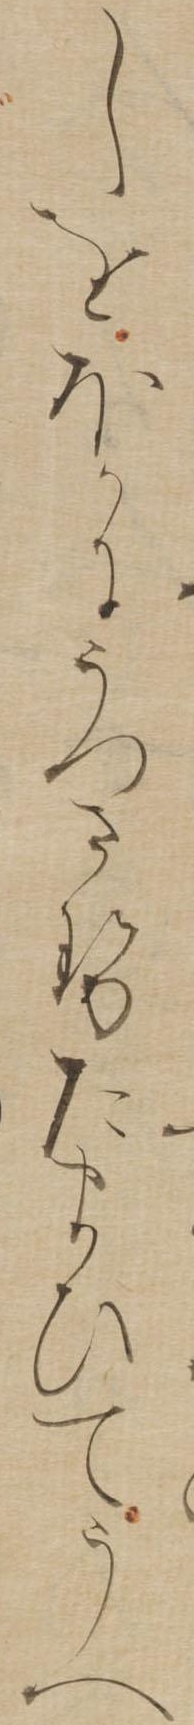
しをほかにうつさせたまひてうへ